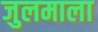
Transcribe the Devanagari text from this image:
जुलमाला